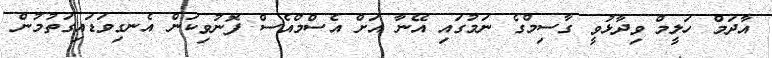
އާދަމް ހަލީމް ވިދާޅުވީ ގާސިމްގެ ނަމުގައި އޭނާ އަށް އެސްމްއެސް ފޮނުވިކަން އެނގިވަޑައިގަތުމުން